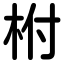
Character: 柎